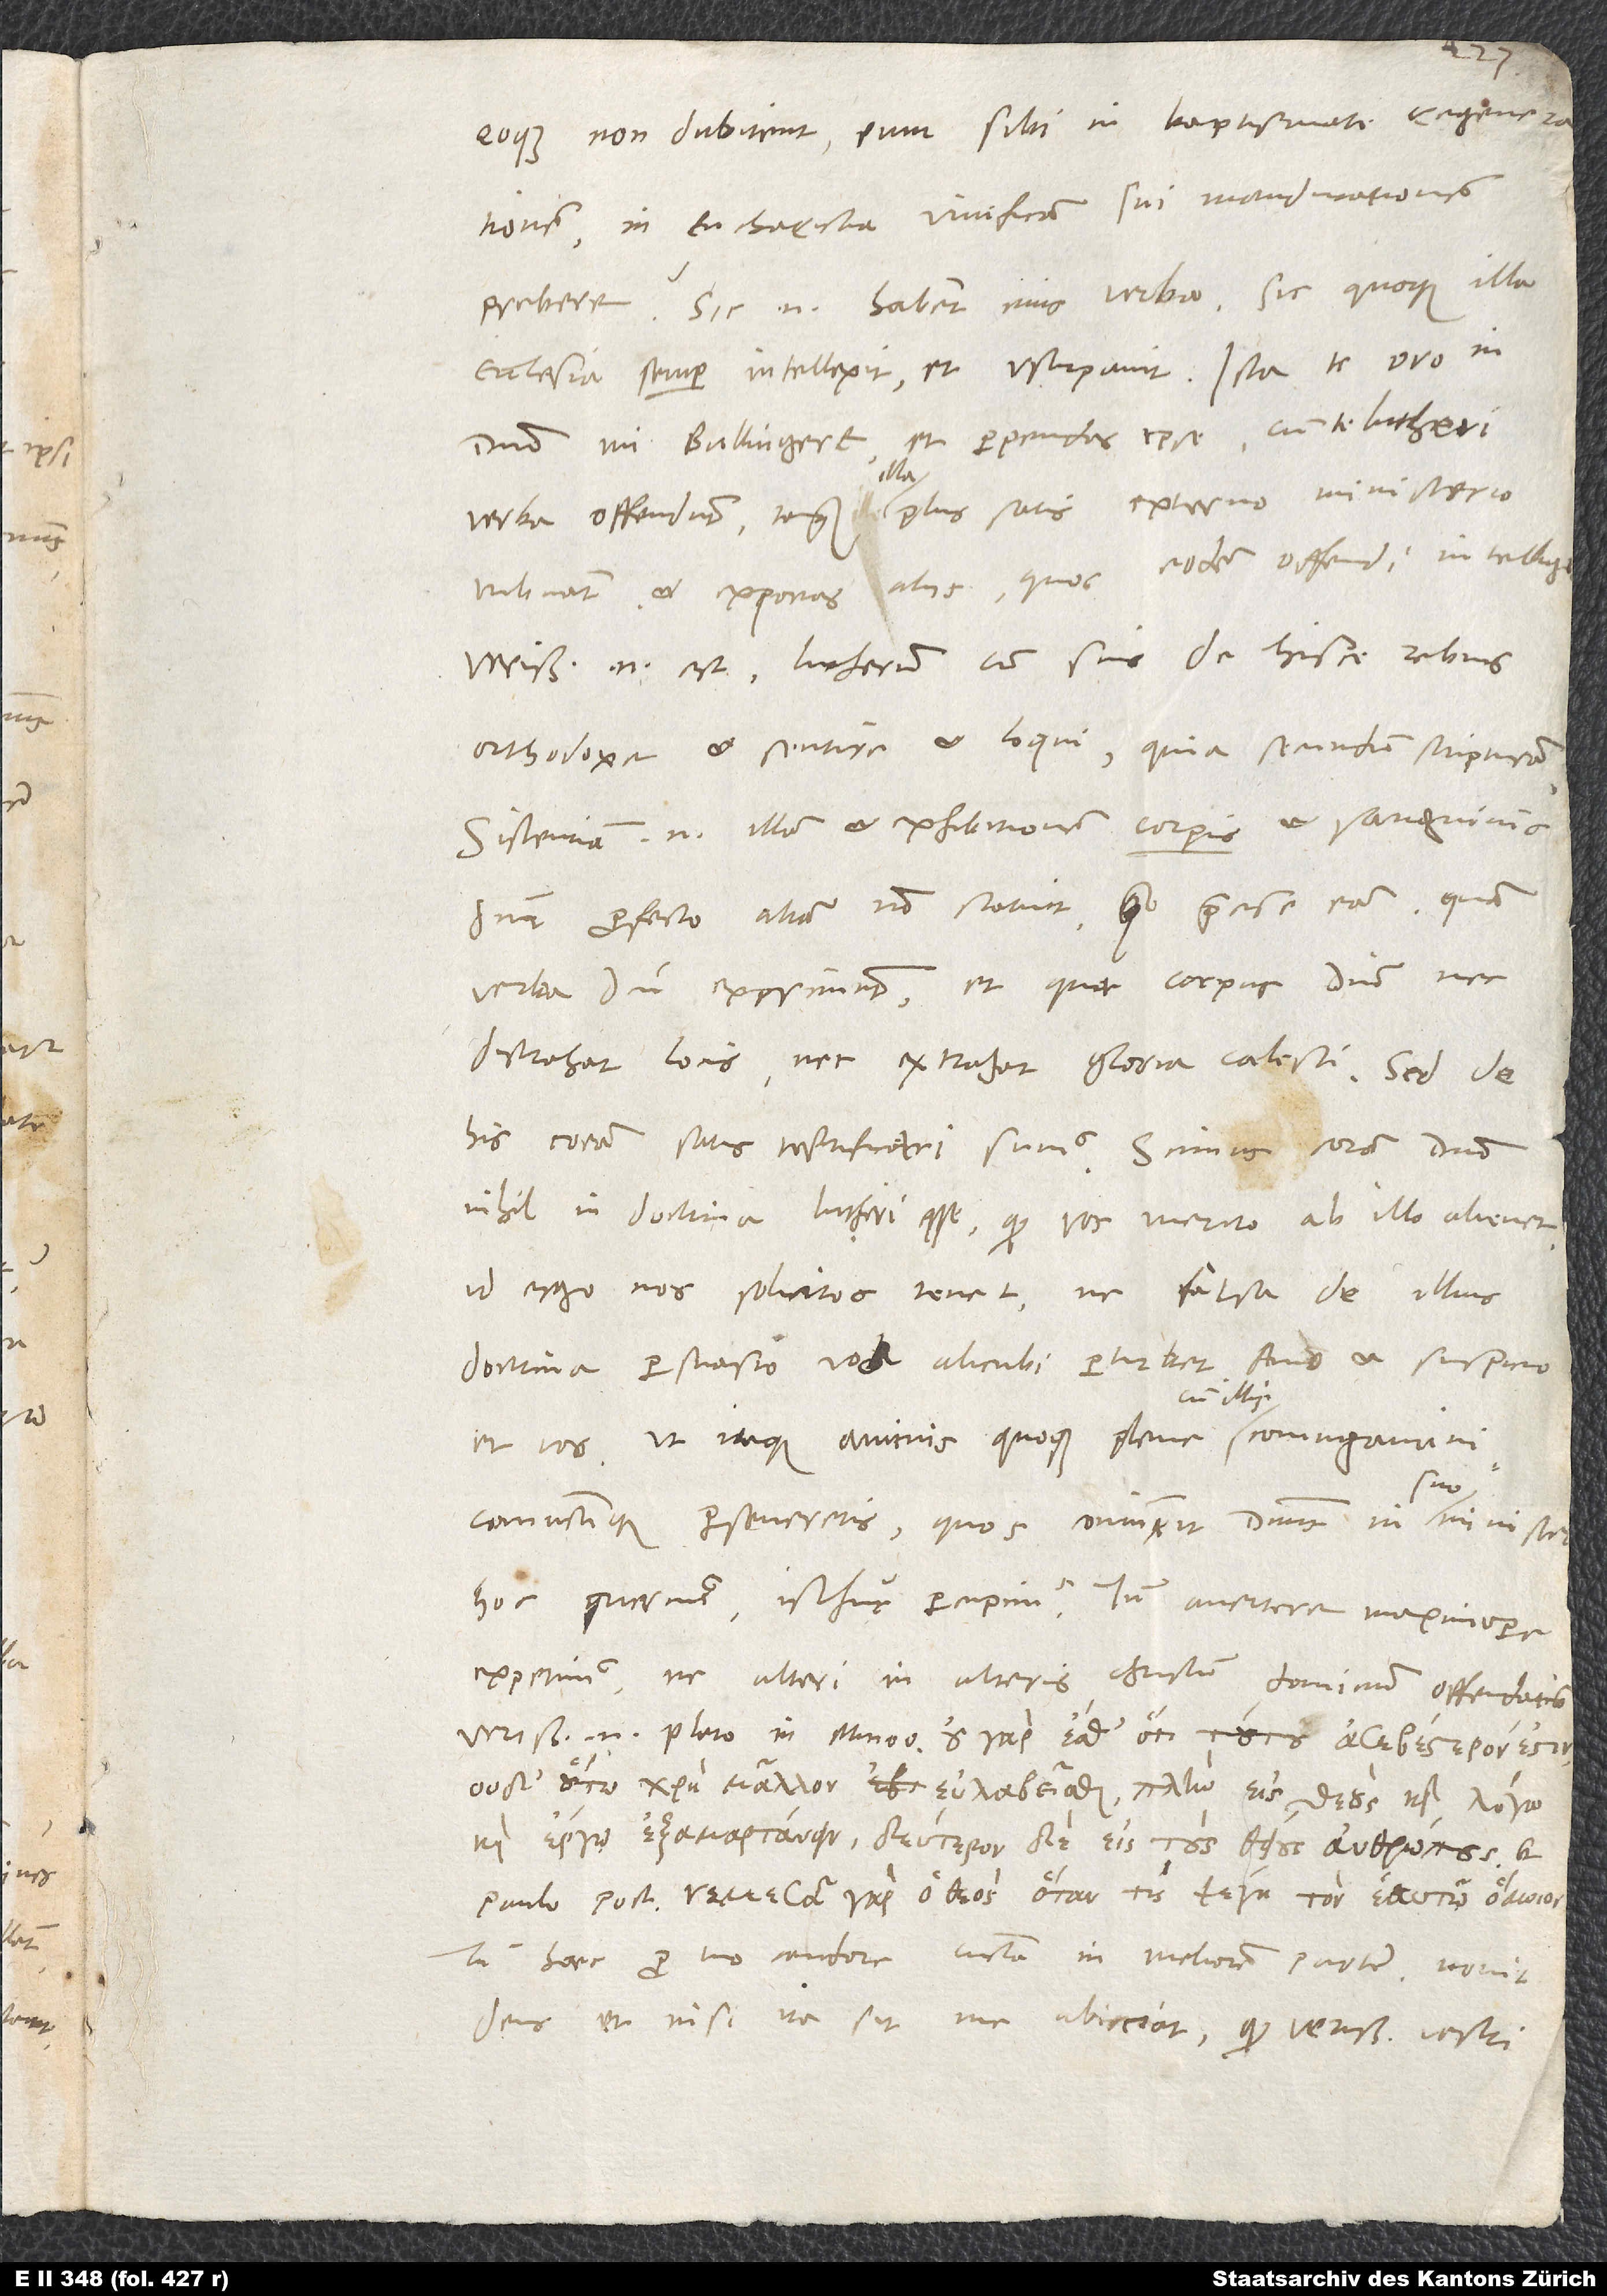
eoque non dubitent eum sibi in baptismate
in eucharistia vivificam sui manducationem
prebere? Sic enim habent eius verba, sic quoque illa
domino, mi Bullingere, et perpendas ipse, cum te Lutheri
verba offendunt, tanquam illa plus satis externo ministerio
tribuant, et exponas aliis, quos eodem offendi intelligis.
Verissimum enim est Lutherum cum suis de hisce rebus
orthodoxe et sentire et loqui, quia secundum scripturam.
Sistentiam enim illam et exhibitionem corporis et sanguinis
domini profecto aliam non statuit quam praecise eam, quam
verba domini exprimunt et quae corpus domini nec
distrahat locis nec extrahat gloria coelesti.
his coram satis testificati sumus. Scimus coram domino
nihil in doctrina Lutheri esse, quod vos merito ab illo alienet;
id ergo nos solicitos tenet, ne falsa de illius
doctrina persuasio vos alicubi perturbet. Amo et suspicio
illi
et vos; ut itaque animis quoque plene cum
coniunctique perseveretis, quos coniunxit dominus in suo ministerio,
hoc querimus, isthuc percupimus. Tamen avertere maximopere
expetimus, ne alteri in alteris Christum dominum offendatis.
Verissime enim Plato in Minoo: ,
paulo post:
Tu haec pro tuo candore cuncta in meliorem partem. Novit
deus - et nisi ita sit, me abiiciat -, quod verissimo vestri